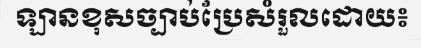
ឡានខុសច្បាប់ប្រែសំរួលដោយ៖